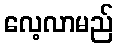
လေ့လာမည်